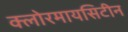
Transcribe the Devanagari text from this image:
क्लोरमायसिटीन